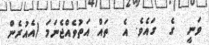
ވަނީ  ގެ  ގައެވެ. އެ  ތައް އަތުވެއްޖެނަމަ (އެއުރެން